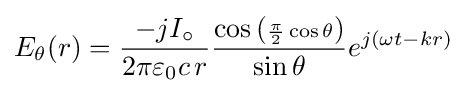
E_{\theta }(r)={-jI_{\circ } \over 2\pi \varepsilon _{0}c\,r}{\cos \left(\scriptstyle {\pi  \over 2}\cos \theta \right) \over \sin \theta }e^{j\left(\omega t-kr\right)}